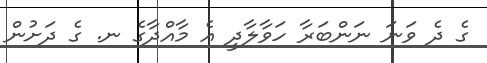
ގެ ދެ ވަނަ ނަންބަރާ ހަވާލާދީ އެ މާއްދާގެ ނ. ގެ ދަށުން